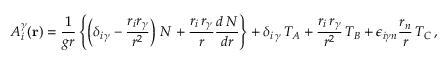
{ { A } _ { i } ^ { \gamma } } ( { \bf { r } } ) = \frac { 1 } { g r } \left\{ \left( { \delta } _ { { i } \, { \gamma } } - \frac { r _ { i } r _ { \gamma } } { r ^ { 2 } } \right) \, { \cal N } + \frac { r _ { i } \, r _ { \gamma } } { r } \frac { d \, { \cal N } } { d r } \right\} + { \delta } _ { { i } \, { \gamma } } \, { \cal T } _ { A } + \frac { r _ { i } \, r _ { \gamma } } { r ^ { 2 } } \, { \cal T } _ { B } + { \epsilon } _ { i { \gamma } n } \frac { r _ { n } } { r } \, { \cal T } _ { C } \, ,